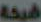
شبكة